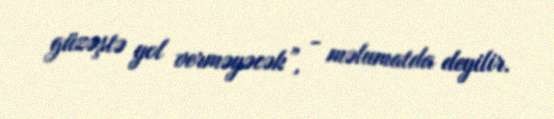
güzəştə yol verməyəcək”, - məlumatda deyilir.